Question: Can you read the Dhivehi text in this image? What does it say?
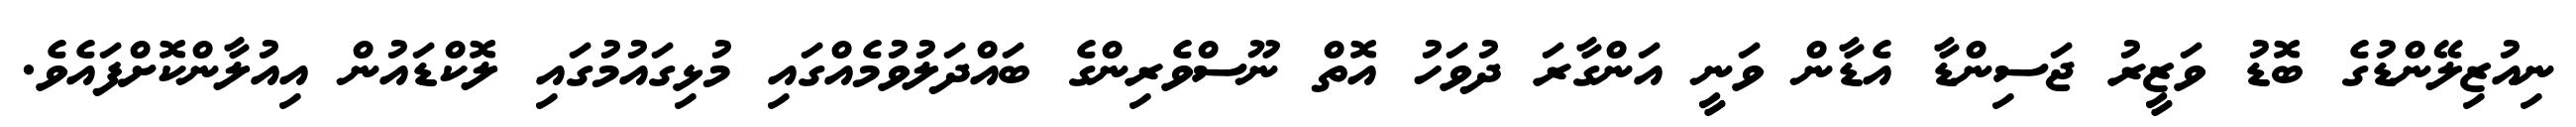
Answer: ނިއުޒިލޭންޑުގެ ބޮޑު ވަޒީރު ޖަސިންޑާ އެޑާން ވަނީ އަންގާރަ ދުވަހު އޮތް ނޫސްވެރިންގެ ބައްދަލުވުމެއްގައި މުޅިގައުމުގައި ލޮކްޑައުން އިއުލާންކޮށްފައެވެ.